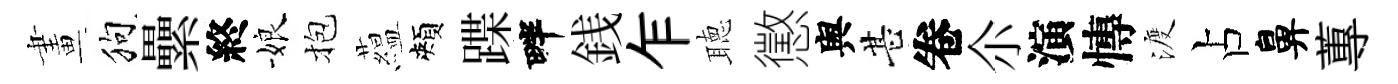
畫狗纍終娘抱藴頰蹀畔銭乍聴懲舆甚卷尒演慱渡占鼻蓴